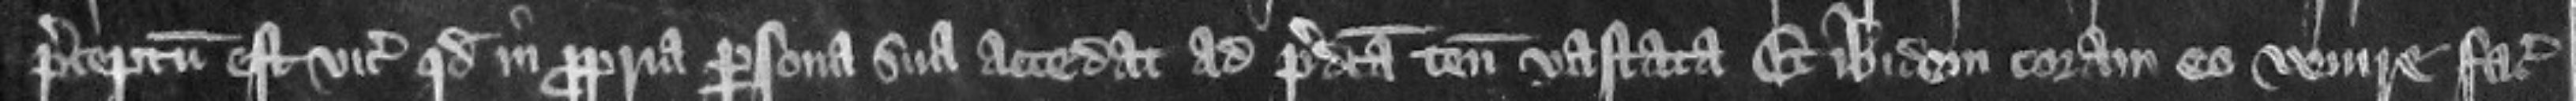
preceptum est vicecomiti quod in propria persona sua accedat ad predicta tenementa vastata Et ibidem coram eo venire faciat